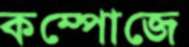
কম্পোজে